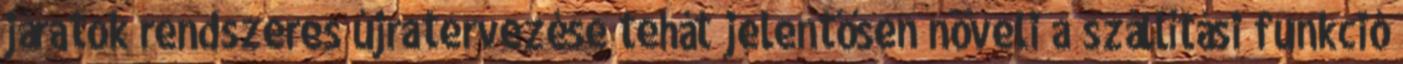
járatok rendszeres újratervezése tehát jelentősen növeli a szállítási funkció